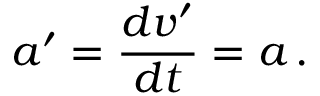
a ^ { \prime } = { \frac { d v ^ { \prime } } { d t } } = a \, .